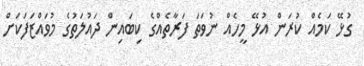
ގުޅޭ ކަމެއް ކުރަން އުޅޭ މީހެއް ނުވަތަ ފަރާތެއްގެ ކިބައިން ދައުލަތުގެ މުވައްޒަފަކަށް